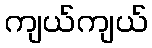
ကျယ်ကျယ်